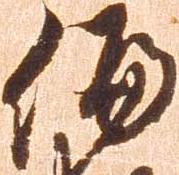
偏